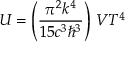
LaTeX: U = \left( { \frac { \pi ^ { 2 } k ^ { 4 } } { 1 5 c ^ { 3 } \hbar ^ { 3 } } } \right) \, V T ^ { 4 }